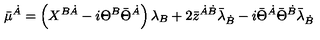
\bar { \mu } ^ { \dot { A } } = \left( X ^ { B \dot { A } } - i \Theta ^ { B } \bar { \Theta } ^ { \dot { A } } \right) \lambda _ { B } + 2 \bar { z } ^ { \dot { A } \dot { B } } \bar { \lambda } _ { \dot { B } } - i \bar { \Theta } ^ { \dot { A } } \bar { \Theta } ^ { \dot { B } } \bar { \lambda } _ { \dot { B } }